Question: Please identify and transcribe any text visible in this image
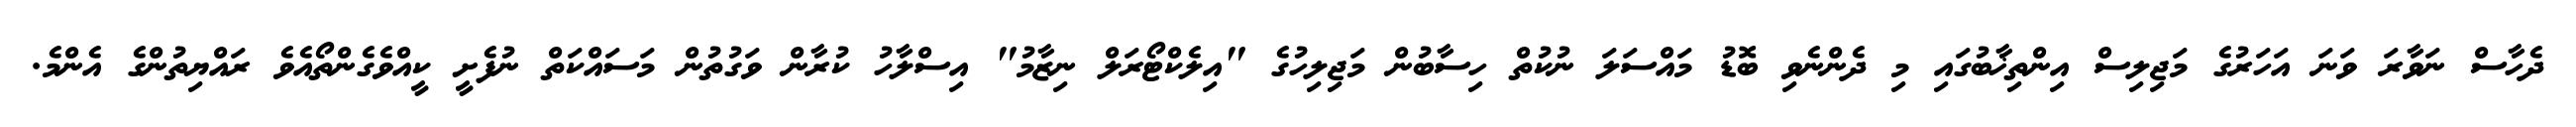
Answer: ދެހާސް ނަވާރަ ވަނަ އަހަރުގެ މަޖިލިސް އިންތިޚާބުގައި މި ދެންނެވި ބޮޑު މައްސަލަ ނުކުތް ހިސާބުން މަޖިލިހުގެ "އިލެކްޓޯރަލް ނިޒާމު" އިސްލާހު ކުރާން ވަގުތުން މަސައްކަތް ނުފެށީ ކީއްވެގެންތޯއެވެ ރައްޔިތުންގެ އެންމެ.